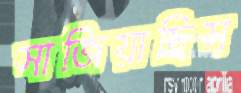
সাজিয়াছিস